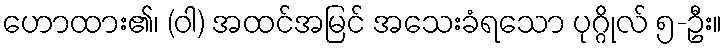
ဟောထား၏၊ (ဝါ) အထင်အမြင် အသေးခံရသော ပုဂ္ဂိုလ် ၅-ဦး။